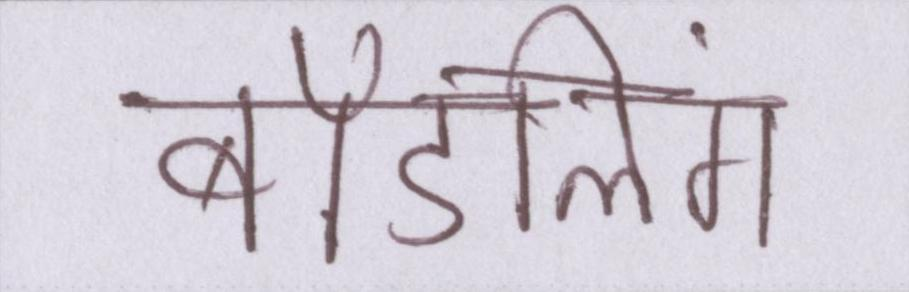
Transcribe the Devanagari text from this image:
बॉडलिंग